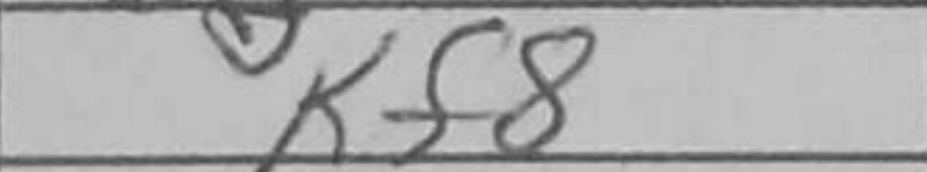
Transcription: Kf8